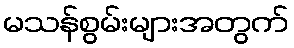
မသန်စွမ်းများအတွက်